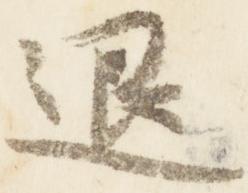
退